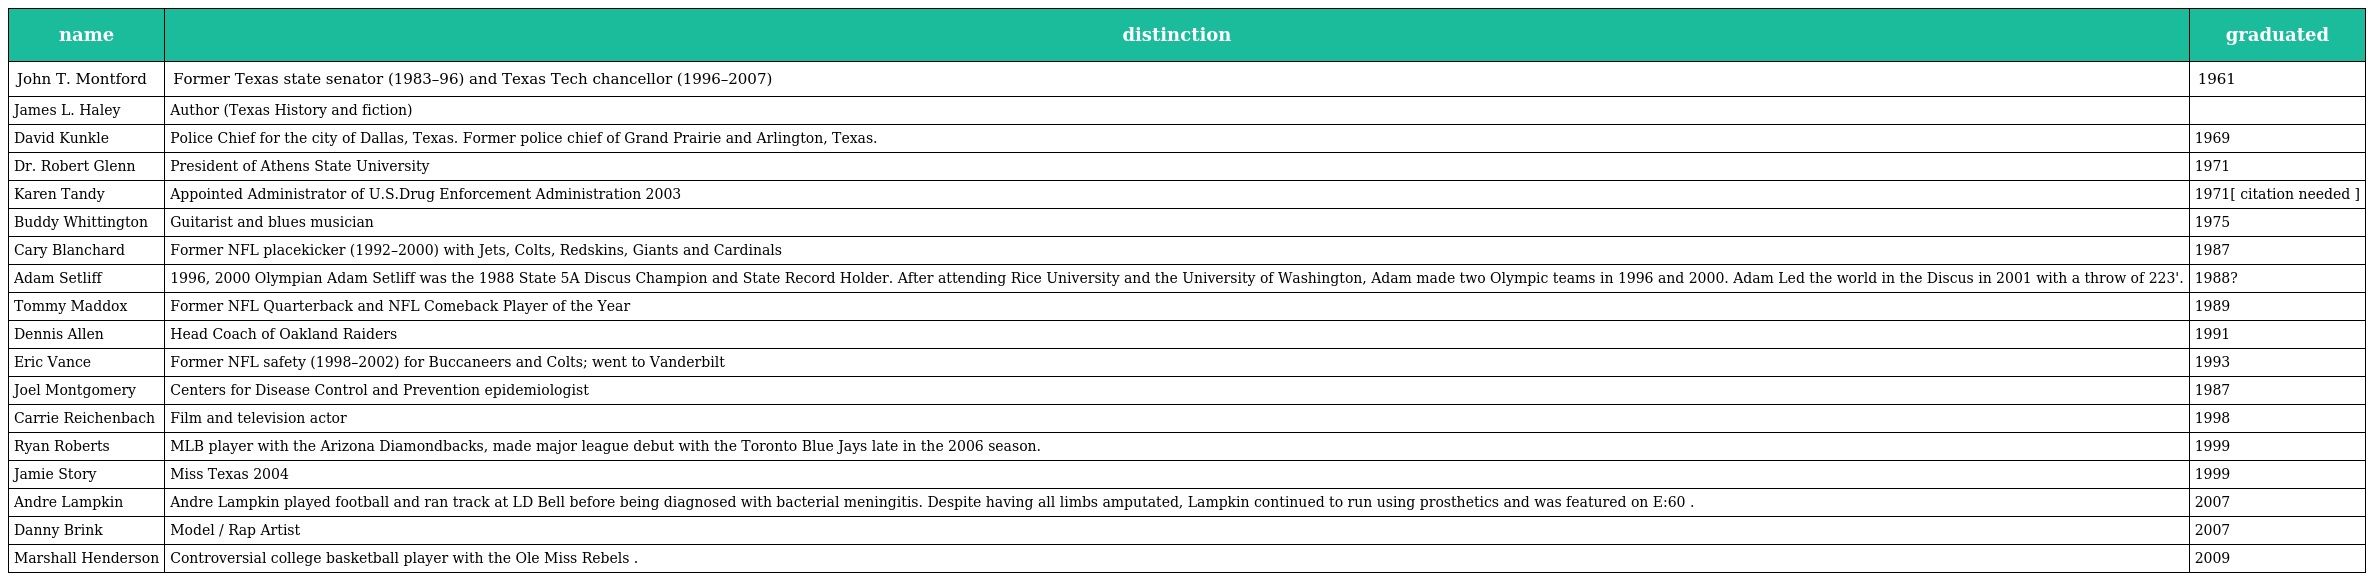
| name | distinction | graduated |
 | --- | --- | --- |
 | John T. Montford | Former Texas state senator (1983–96) and Texas Tech chancellor (1996–2007) | 1961 |
 | James L. Haley | Author (Texas History and fiction) |  |
 | David Kunkle | Police Chief for the city of Dallas, Texas. Former police chief of Grand Prairie and Arlington, Texas. | 1969 |
 | Dr. Robert Glenn | President of Athens State University | 1971 |
 | Karen Tandy | Appointed Administrator of U.S.Drug Enforcement Administration 2003 | 1971[ citation needed ] |
 | Buddy Whittington | Guitarist and blues musician | 1975 |
 | Cary Blanchard | Former NFL placekicker (1992–2000) with Jets, Colts, Redskins, Giants and Cardinals | 1987 |
 | Adam Setliff | 1996, 2000 Olympian Adam Setliff was the 1988 State 5A Discus Champion and State Record Holder. After attending Rice University and the University of Washington, Adam made two Olympic teams in 1996 and 2000. Adam Led the world in the Discus in 2001 with a throw of 223'. | 1988? |
 | Tommy Maddox | Former NFL Quarterback and NFL Comeback Player of the Year | 1989 |
 | Dennis Allen | Head Coach of Oakland Raiders | 1991 |
 | Eric Vance | Former NFL safety (1998–2002) for Buccaneers and Colts; went to Vanderbilt | 1993 |
 | Joel Montgomery | Centers for Disease Control and Prevention epidemiologist | 1987 |
 | Carrie Reichenbach | Film and television actor | 1998 |
 | Ryan Roberts | MLB player with the Arizona Diamondbacks, made major league debut with the Toronto Blue Jays late in the 2006 season. | 1999 |
 | Jamie Story | Miss Texas 2004 | 1999 |
 | Andre Lampkin | Andre Lampkin played football and ran track at LD Bell before being diagnosed with bacterial meningitis. Despite having all limbs amputated, Lampkin continued to run using prosthetics and was featured on E:60 . | 2007 |
 | Danny Brink | Model / Rap Artist | 2007 |
 | Marshall Henderson | Controversial college basketball player with the Ole Miss Rebels . | 2009 |